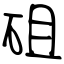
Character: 砠